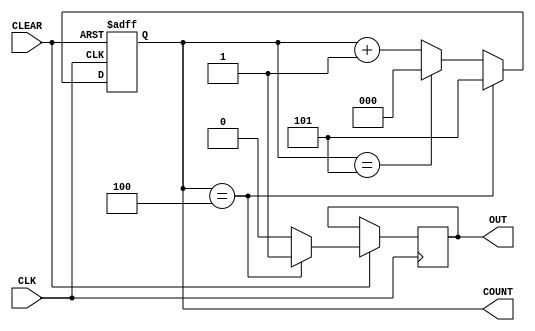
module divideBySix #(parameter N=6, parameter M=3)
(
input CLK, CLEAR,
output reg [M-1:0] COUNT,
// COUNT is defined as a M-bit register
output reg OUT
);
always @ (negedge CLK, negedge CLEAR)
if (CLEAR==1'b0) COUNT <= 0;
// COUNT is loaded with all 0's
else
begin
if (COUNT == N-2'd2) begin OUT <= 1'b1; COUNT <= N-1'd1; end // Once COUNT = N-2 OUT = 1
else
if (COUNT == N-1'd1) begin OUT <=1'b0; COUNT <= 0; end
//Once COUNT = N-1 OUT=0
else begin OUT <= 1'b0; COUNT <= COUNT + 1'b1; end
// COUNT is incremented
end
endmodule